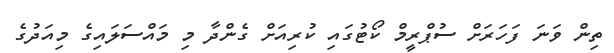
ތިން ވަނަ ފަހަރަށް ސުޕްރީމް ކޯޓުގައި ކުރިއަށް ގެންދާ މި މައްސަލައިގެ މިއަދުގެ